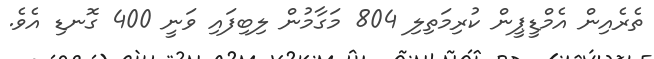
ތެރެއިން އެމްޑީޕީން ކުރިމަތިލި 804 މަގާމުން ލިބިފައި ވަނީ 400 ގޮނޑި އެެވެ.